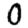
Digit: 0